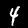
Label: 4